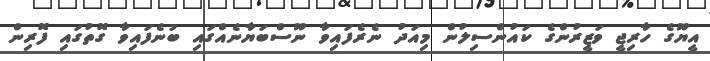
އީޔޫގެ ހާރިޖީ ވަޒީރުންގެ ކައުންސިލުން މިއަދު ނެރެފައިވާ ނޫސްބަޔާނެއްގައި ބުނެފައިވާ ގޮތުގައި ފޮރިން